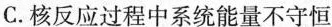
C.核反应过程中系统能量不守恒